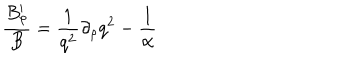
LaTeX: { \frac { B _ { \rho } ^ { \prime } } { B } } = { \frac { 1 } { q ^ { 2 } } } \partial _ { \rho } q ^ { 2 } - { \frac { 1 } { \alpha } }